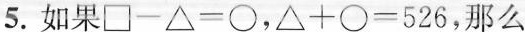
5. 如果$$\Box - △ = \circ$$，$$△ + \circ = 5 2 6$$，那么